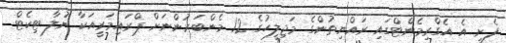
ފެށީ އެ އެގްރިމެންޓްގައި ރައްޔިތުންގެ މަޖިލީހުގެ 12 މެންބަރުންނަށް ޕްރައިމަރީއަކާ ނުލާ ޓިކެޓް